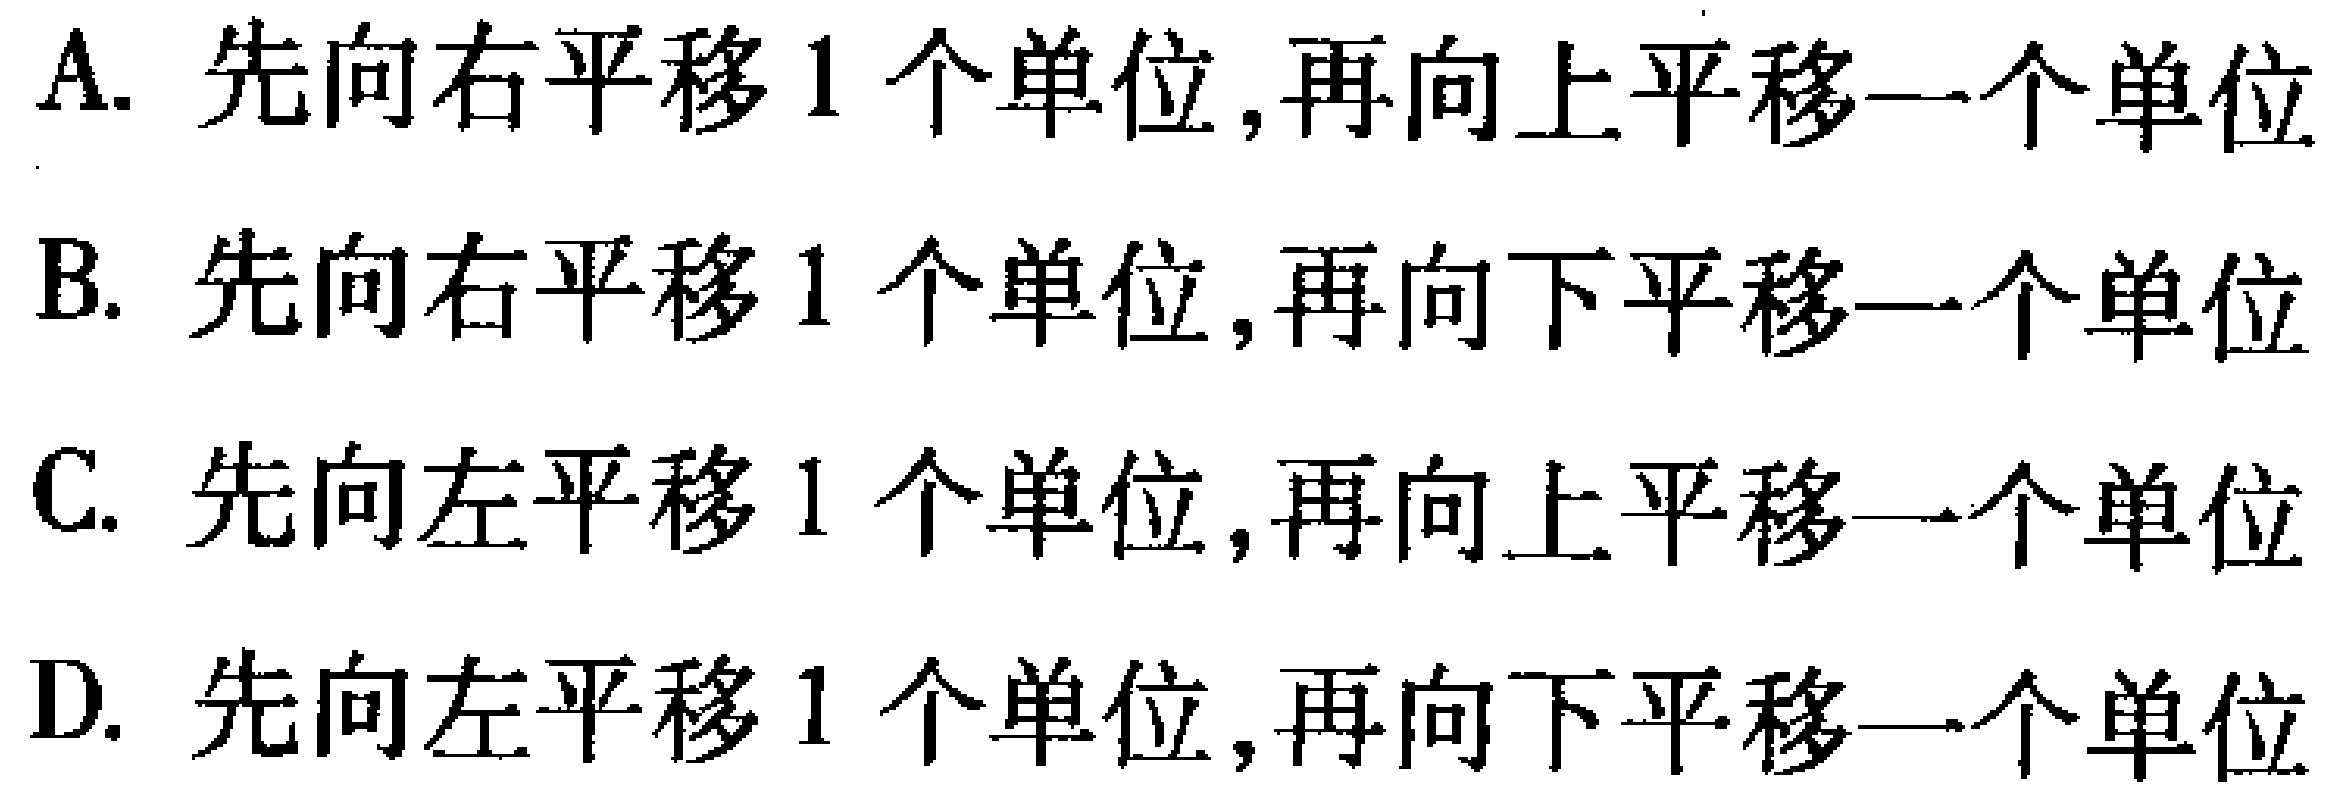
A. 先向右平移1个单位,再向上平移一个单位

B. 先向右平移1个单位,再向下平移一个单位

C. 先向左平移1个单位,再向上平移一个单位

D. 先向左平移1个单位,再向下平移一个单位